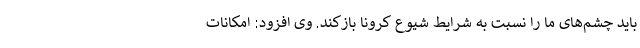
باید چشم‌های ما را نسبت به شرایط شیوع کرونا بازکند. وی افزود: امکانات